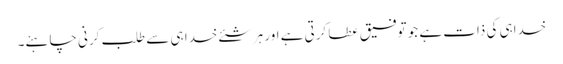
خداہی کی ذات ہے جو توفیق عطا کرتی ہے اور ہر شئے خدا ہی سے طلب کرنی چاہئے۔